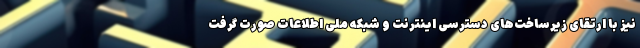
نیز با ارتقای زیرساخت‌های دسترسی اینترنت و شبکه ملی اطلاعات صورت گرفت